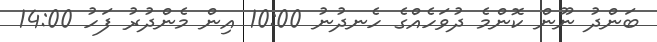
ބަންދު ނޫން ކޮންމެ ދުވަހެއްގެ ހެނދުނު 10:00 އިން މެންދުރު ފަހު 14:00